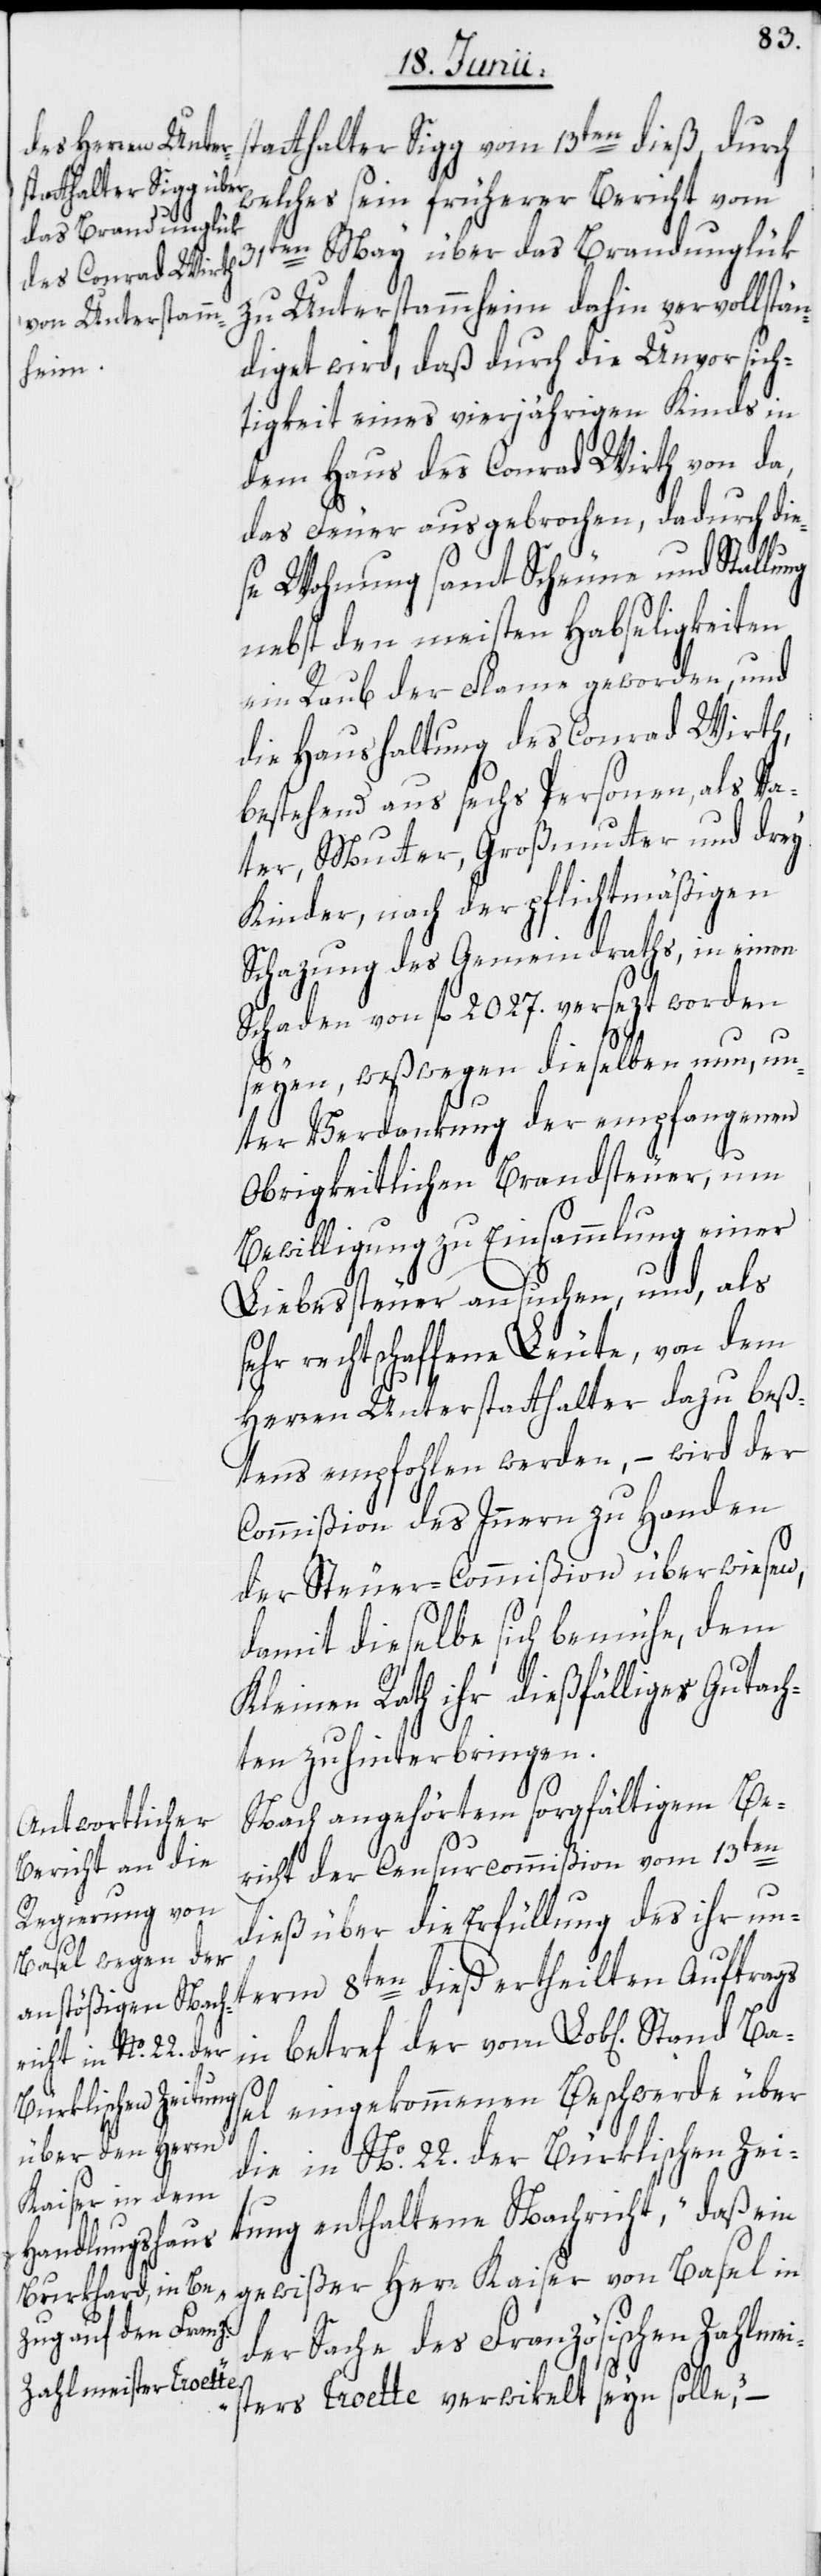
tatthalter Sigg vom 13ten dieß, durch
welches sein früherer Bericht vom
31ten May über das Brandunglük
zu Unterstammheim dahin vervollstän¬
diget wird, daß durch die Unvorsich¬
tigkeit eines vierjährigen Kindes in
dem Haus des Conrad Wirth von da,
das Feuer ausgebrochen, dadurch die¬
se Wohnung samt Scheune und Stallung
nebst den meisten Habseligkeiten
ein Raub der Flam[m]e geworden, und
die Haushaltung des Conrad Wirth,
bestehend aus sechs Personen, als Va¬
ter, Mutter, Großmutter und drey
Kinder, nach der pflichtmäßigen
Schazung des Gemeindraths, in einen
Schaden von fl. 2027. versezt worden
s¬
seyen, weßwegen dieselben nun, un¬
ter Verdankung der empfangenen
Obrigkeitlichen Brandsteuer, um
Bewilligung zu Einsammlung einer
Liebessteuer ansuchen, und, als
ehr rechtschaffene Leute, von dem
Herren Unterstatthalter dazu beß¬
tens empfohlen werden, – wird der
Commißion des Innern zu Handen
der Steuer-Commißion überwiesen,
damit dieselbe sich bemühe, dem
Kleinen Rath ihr dießfälliges Gutach¬
ten zu hinterbringen.
Nach angehörtem sorgfältigem Be¬
richt der Censurcommißion vom 13ten
dieß über die Erfüllung des ihr un¬
term 8ten dieß ertheilten Auftrags
in betref der vom Lob[lichen] Stand
B¬
asel eingekommenen Beschwerde über
die in No. 22. der Bürklischen Zei¬
tung enthaltene Nachricht, „daß ein
gewißer Herr Kaiser von Basel in
der Sache des Französischen Zahlmei¬
sters Croette verwikelt seyn solle,“ –